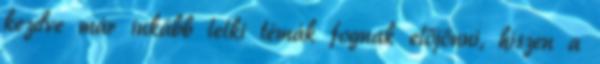
kezdve már inkább lelki témák fognak előjönni, hiszen a